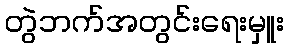
တွဲဘက်အတွင်းရေးမှူး